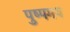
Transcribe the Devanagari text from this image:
पुष्पमय